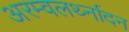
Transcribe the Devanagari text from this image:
अरम्वलर्थ्नादन